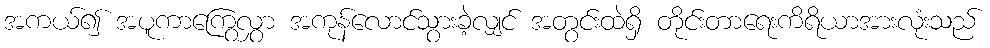
အကယ်၍ အပူကာကြွေလွှာ အကုန်လောင်သွားခဲ့လျှင် အတွင်းထဲရှိ တိုင်းတာရေးကိရိယာအားလုံးသည်